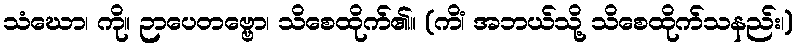
သံဃော၊ ကို။ ဉာပေတဗ္ဗော၊ သိစေထိုက်၏။ (ကိံ၊ အဘယ်သို့ သိစေထိုက်သနည်း၊)